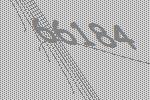
66184